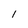
Character: l